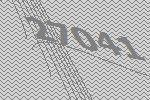
27041